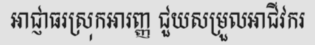
អាជ្ញាធរស្រុកអារញ្ញ ជួយសម្រួលអាជីវករ